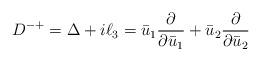
LaTeX: \begin{align*}D^{-+} = \Delta + i \ell_{3} = \bar{u}_{1}\frac{\partial}{\partial \bar{u}_{1}}+\bar{u}_{2}\frac{\partial}{\partial \bar{u}_{2}}\end{align*}